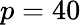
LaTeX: p=40